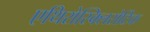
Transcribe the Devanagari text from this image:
एथिरोस्क्लिरोटिक